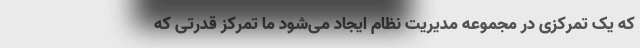
که یک تمرکزی در مجموعه مدیریت نظام ایجاد می‌شود ما تمرکز قدرتی که